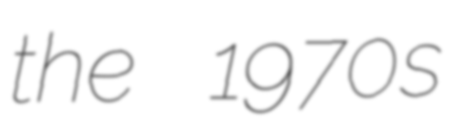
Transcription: the 1970s